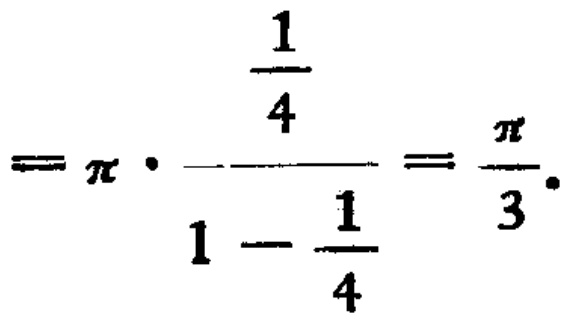
$=\pi\cdot\frac{\frac{1}{4}}{1 - \frac{1}{4}}=\frac{\pi}{3}.$